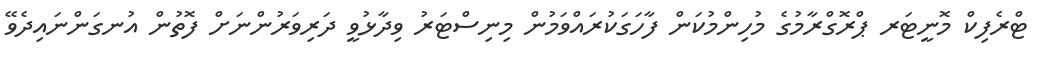
ޓްރެފިކް މޮނީޓަރ ޕްރޮގްރާމުގެ މުހިންމުކަން ފާހަގަކުރައްވަމުން މިނިސްޓަރު ވިދާޅުވީ ދަރިވަރުންނަށް ފޮތުން އުނގަންނައިދެވޭ